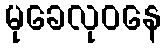
မုခေလုဝနေ